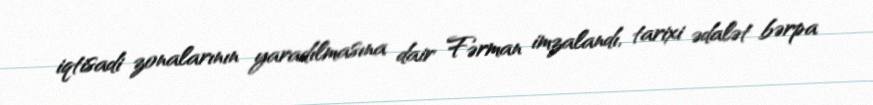
iqtisadi zonalarının yaradılmasına dair Fərman imzalandı, tarixi ədalət bərpa